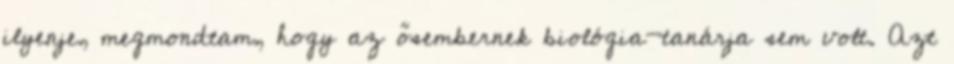
ilyenje, megmondtam, hogy az ősembernek biológia-tanárja sem volt. Azt